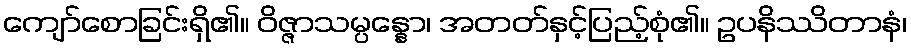
ကျော်စောခြင်းရှိ၏။ ဝိဇ္ဇာသမ္ပန္နော၊ အတတ်နှင့်ပြည့်စုံ၏။ ဥပနိဿိတာနံ၊